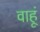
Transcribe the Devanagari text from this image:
वाहूं